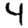
Digit: 4